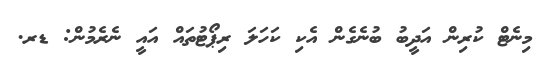
މިނެޓް ކުރިން އަދީބު ބުނެގެން އެކި ކަހަލަ ރިޕޯޓުތައް އައީ ނެރެމުން: ޑރ.